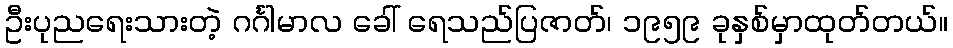
ဦးပုညရေးသားတဲ့ ဂင်္ဂါမာလ ခေါ် ရေသည်ပြဇာတ်၊ ၁၉၅၉ ခုနှစ်မှာထုတ်တယ်။